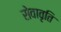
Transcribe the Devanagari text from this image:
सेवावृति